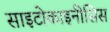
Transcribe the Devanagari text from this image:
साइटोकाइनीसिस